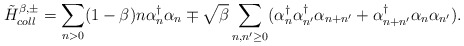
\begin{align*}{\tilde H}_{coll}^{\beta, \pm} =\sum_{n>0} (1-\beta) n \alpha_n^{\dagger} \alpha_n\mp \sqrt{\beta}\sum_{n,n' \geq 0} ( \alpha_n^{\dagger}\alpha_{n'}^{\dagger} \alpha_{n+n'} +\alpha_{n+n'}^{\dagger} \alpha_n \alpha_{n'} ).\end{align*}